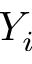
Y _ { i }